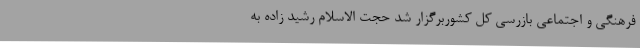
فرهنگی و اجتماعی بازرسی کل کشوربرگزار شد حجت الاسلام رشید زاده به